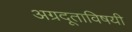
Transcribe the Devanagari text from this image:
अग्रदूताविषयी